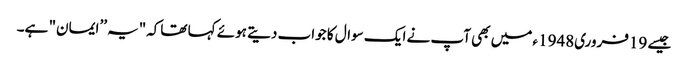
جیسے 19فروری1948ء میں بھی آپ نے ایک سوال کا جواب دیتے ہوئے کہا تھاکہ"یہ ’’ایمان" ہے۔